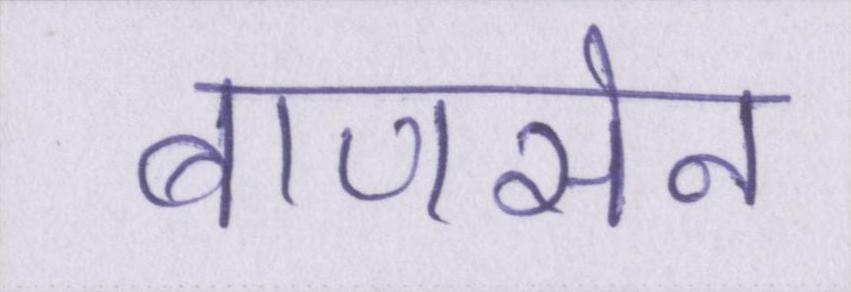
बाणसेन